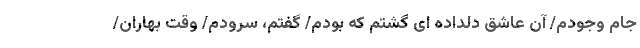
جام وجودم/ آن عاشق دلداده ای گشتم که بودم/ گفتم، سرودم/ وقت بهاران/